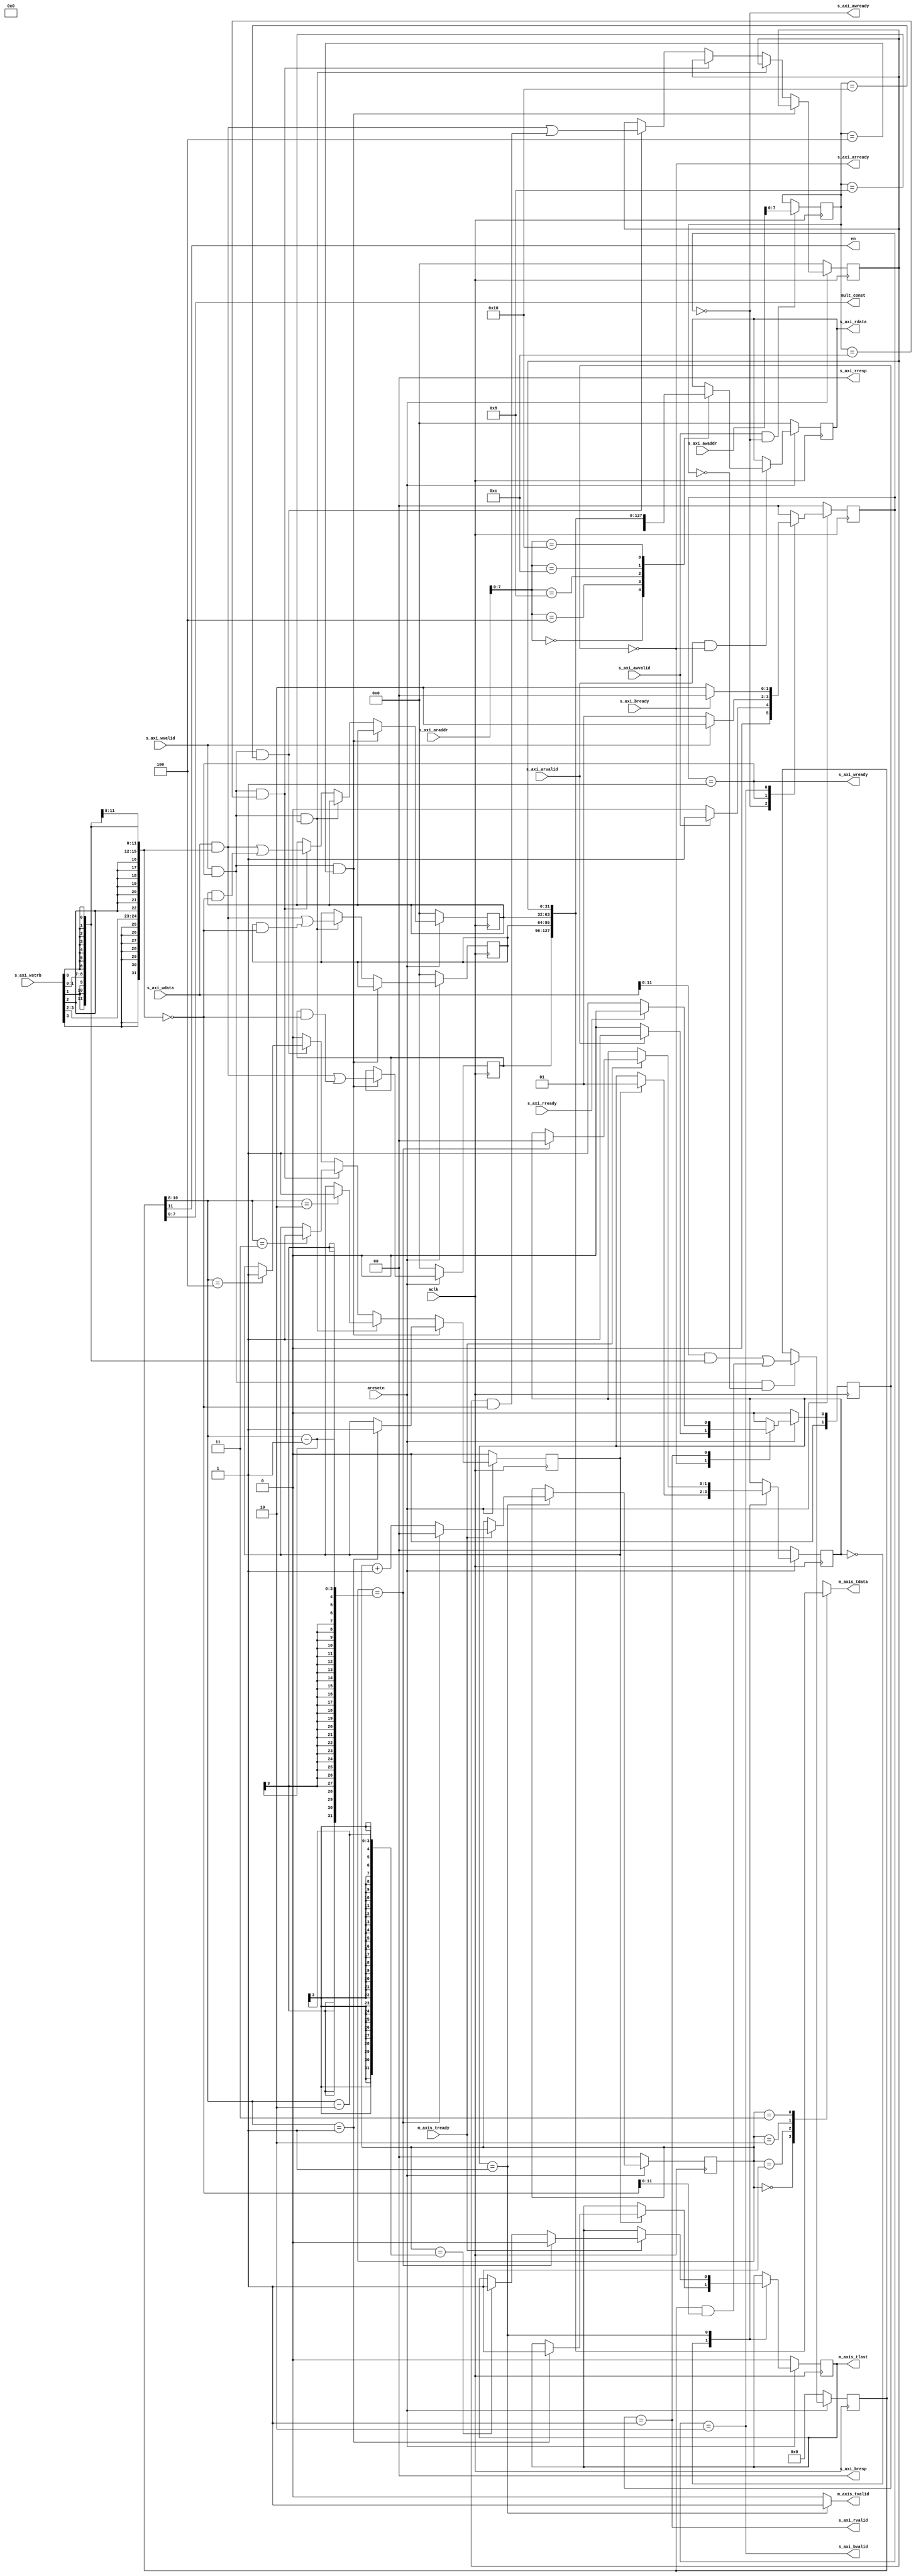

`timescale 1ns / 1ps

module axi_mm2s_interface
	(
        // ### Clock and reset signals #########################################
        input  wire        aclk,
        input  wire        aresetn,
        // ### AXI4-lite slave signals #########################################
        // *** Write address signals ***
        output wire        s_axi_awready,
        input  wire [31:0] s_axi_awaddr,
        input  wire        s_axi_awvalid,
        // *** Write data signals ***
        output wire        s_axi_wready,
        input  wire [31:0] s_axi_wdata,
        input  wire [3:0]  s_axi_wstrb,
        input  wire        s_axi_wvalid,
        // *** Write response signals ***
        input  wire        s_axi_bready,
        output wire [1:0]  s_axi_bresp,
        output wire        s_axi_bvalid,
        // *** Read address signals ***
        output wire        s_axi_arready,
        input  wire [31:0] s_axi_araddr,
        input  wire        s_axi_arvalid,
        // *** Read data signals ***    
        input  wire        s_axi_rready,
        output wire [31:0] s_axi_rdata,
        output wire [1:0]  s_axi_rresp,
        output wire        s_axi_rvalid,
        // ### AXI4-stream master signals ######################################
        input  wire        m_axis_tready,
        output wire [31:0] m_axis_tdata,
        output wire        m_axis_tvalid,
        output wire        m_axis_tlast,
        // ### User signals ####################################################
        output wire        en,
        output wire [7:0]  mult_const
    );

    // ### Register map ########################################################
    // 0x00: multiplier constant, number of word per frame, enable (active high), and busy
    //       bit 7~0  = CONST[7:0] (R/W)
    //       bit 8~10 = WORD (R/W)
    //       bit 11   = EN (R/W)
    //       bit 12   = BUSY (R)
    // 0x04: data register 0
    //       bit 31~0 = DATA0[31:0] (R/W)
    // 0x08: data register 1
    //       bit 31~0 = DATA1[31:0] (R/W)
    // 0x0c: data register 2
    //       bit 31~0 = DATA2[31:0] (R/W)
    // 0x10: data register 3
    //       bit 31~0 = DATA3[31:0] (R/W)   
	localparam C_ADDR_BITS = 8;
	// *** Address ***
	localparam C_ADDR_CTRL = 8'h00,
			   C_ADDR_DATA0 = 8'h04,
			   C_ADDR_DATA1 = 8'h08,
			   C_ADDR_DATA2 = 8'h0c,
			   C_ADDR_DATA3 = 8'h10;
	// *** AXI write FSM ***
	localparam S_WRIDLE = 2'd0,
			   S_WRDATA = 2'd1,
			   S_WRRESP = 2'd2;
	// *** AXI read FSM ***
	localparam S_RDIDLE = 2'd0,
			   S_RDDATA = 2'd1;
    // *** AXIS FSM ***
    localparam S_IDLE = 2'h0,
               S_WRITE_STREAM = 2'h1;

	// *** AXI write ***
	reg [1:0] wstate_cs, wstate_ns;
	reg [C_ADDR_BITS-1:0] waddr;
	wire [31:0] wmask;
	wire aw_hs, w_hs;
	// *** AXI read ***
	reg [1:0] rstate_cs, rstate_ns;
	wire [C_ADDR_BITS-1:0] raddr;
	reg [31:0] rdata;
	wire ar_hs;
	// *** Control registers ***
    reg [11:0] ctrl_reg;
    wire busy_reg;
    reg [31:0] data_reg [0:3];
    reg start_reg;           
	// *** AXIS ***
    reg [1:0] mm2sstate_cs, mm2sstate_ns;
    reg [1:0] wr_ptr_cv, wr_ptr_nv;
    reg m_axis_tlast_cv, m_axis_tlast_nv;

	// ### AXI write ###########################################################
	assign s_axi_awready = (wstate_cs == S_WRIDLE);
	assign s_axi_wready = (wstate_cs == S_WRDATA);
	assign s_axi_bresp = 2'b00;    // OKAY
	assign s_axi_bvalid = (wstate_cs == S_WRRESP);
	assign wmask = {{8{s_axi_wstrb[3]}}, {8{s_axi_wstrb[2]}}, {8{s_axi_wstrb[1]}}, {8{s_axi_wstrb[0]}}};
	assign aw_hs = s_axi_awvalid & s_axi_awready;
	assign w_hs = s_axi_wvalid & s_axi_wready;

	// *** Write state register ***
	always @(posedge aclk)
	begin
		if (!aresetn)
			wstate_cs <= S_WRIDLE;
		else
			wstate_cs <= wstate_ns;
	end
	
	// *** Write state next ***
	always @(*)
	begin
		case (wstate_cs)
			S_WRIDLE:
				if (s_axi_awvalid)
					wstate_ns = S_WRDATA;
				else
					wstate_ns = S_WRIDLE;
			S_WRDATA:
				if (s_axi_wvalid)
					wstate_ns = S_WRRESP;
				else
					wstate_ns = S_WRDATA;
			S_WRRESP:
				if (s_axi_bready)
					wstate_ns = S_WRIDLE;
				else
					wstate_ns = S_WRRESP;
			default:
				wstate_ns = S_WRIDLE;
		endcase
	end
	
	// *** Write address register ***
	always @(posedge aclk)
	begin
		if (aw_hs)
			waddr <= s_axi_awaddr[C_ADDR_BITS-1:0];
	end   

	// ### AXI read ############################################################
	assign s_axi_arready = (rstate_cs == S_RDIDLE);
	assign s_axi_rdata = rdata;
	assign s_axi_rresp = 2'b00;    // OKAY
	assign s_axi_rvalid = (rstate_cs == S_RDDATA);
	assign ar_hs = s_axi_arvalid & s_axi_arready;
	assign raddr = s_axi_araddr[C_ADDR_BITS-1:0];
	
	// *** Read state register ***
	always @(posedge aclk)
	begin
		if (!aresetn)
			rstate_cs <= S_RDIDLE;
		else
			rstate_cs <= rstate_ns;
	end

	// *** Read state next ***
	always @(*) 
	begin
		case (rstate_cs)
			S_RDIDLE:
				if (s_axi_arvalid)
					rstate_ns = S_RDDATA;
				else
					rstate_ns = S_RDIDLE;
			S_RDDATA:
				if (s_axi_rready)
					rstate_ns = S_RDIDLE;
				else
					rstate_ns = S_RDDATA;
			default:
				rstate_ns = S_RDIDLE;
		endcase
	end
	
	// *** Read data register ***
	always @(posedge aclk)
	begin
	    if (!aresetn)
	        rdata <= 0;
		else if (ar_hs)
			case (raddr)
				C_ADDR_CTRL: 
					rdata <= {busy_reg, ctrl_reg[11:0]};
                C_ADDR_DATA0:
                    rdata <= data_reg[0];
                C_ADDR_DATA1:
                    rdata <= data_reg[1];
                C_ADDR_DATA2:
                    rdata <= data_reg[2];
                C_ADDR_DATA3:
                    rdata <= data_reg[3];   		
			endcase
	end
    
    // ### Control registers ###################################################
   	assign en = ctrl_reg[11]; 
    assign mult_const = ctrl_reg[7:0];
   	
	always @(posedge aclk)
	begin
	    if (!aresetn)
            ctrl_reg[11:0] <= 0;
		else if (w_hs && waddr == C_ADDR_CTRL)
			ctrl_reg[11:0] <= (s_axi_wdata[11:0] & wmask) | (ctrl_reg[11:0] & ~wmask);
	end
	
	always @(posedge aclk)
	begin
	    if (!aresetn)
	    begin
	        start_reg <= 0;
            data_reg[0] <= 0;
            data_reg[1] <= 0;
            data_reg[2] <= 0;
            data_reg[3] <= 0;
        end
		else if (w_hs && waddr == C_ADDR_DATA0)
		begin
		    if (ctrl_reg[10:8] == 1)
                start_reg <= 1;
			data_reg[0][31:0] <= (s_axi_wdata[31:0] & wmask) | (data_reg[0][31:0] & ~wmask);
	    end
		else if (w_hs && waddr == C_ADDR_DATA1)
        begin
            if (ctrl_reg[10:8] == 2)
                start_reg <= 1;
            data_reg[1][31:0] <= (s_axi_wdata[31:0] & wmask) | (data_reg[1][31:0] & ~wmask);
        end
		else if (w_hs && waddr == C_ADDR_DATA2)
        begin
            if (ctrl_reg[10:8] == 3)
                start_reg <= 1;
            data_reg[2][31:0] <= (s_axi_wdata[31:0] & wmask) | (data_reg[2][31:0] & ~wmask);
        end
		else if (w_hs && waddr == C_ADDR_DATA3)
        begin
            if (ctrl_reg[10:8] == 4)
                start_reg <= 1;
            data_reg[3][31:0] <= (s_axi_wdata[31:0] & wmask) | (data_reg[3][31:0] & ~wmask);
        end
	    else
        begin
            start_reg <= 0;
        end
	end

    // ### AXIS ################################################################
    assign busy_reg = (mm2sstate_cs == S_WRITE_STREAM) ? 1 : 0;
    assign m_axis_tdata = data_reg[wr_ptr_cv];
    assign m_axis_tvalid = (mm2sstate_cs == S_WRITE_STREAM) ? 1 : 0;
    assign m_axis_tlast = m_axis_tlast_cv;

    // *** AXIS state register ***
    always @(posedge aclk)
    begin
        if (!aresetn)
        begin
            mm2sstate_cs <= S_IDLE;
            wr_ptr_cv <= 0;
            m_axis_tlast_cv <= 0;
        end
        else
        begin
            mm2sstate_cs <= mm2sstate_ns;
            wr_ptr_cv <= wr_ptr_nv;
            m_axis_tlast_cv <= m_axis_tlast_nv;
        end 
    end

    // *** AXIS state next ***
    always @(*)
    begin
        mm2sstate_ns = mm2sstate_cs;
        wr_ptr_nv = wr_ptr_cv;
        m_axis_tlast_nv = m_axis_tlast_cv;
        case (mm2sstate_cs)
            S_IDLE:
            begin
                if (start_reg)
                begin
                    mm2sstate_ns = S_WRITE_STREAM;
                    if (ctrl_reg[10:8] == 1)
                        m_axis_tlast_nv = 1;    
                end
            end
            S_WRITE_STREAM:
            begin
                if (m_axis_tready)
                begin
                    if (wr_ptr_cv == ctrl_reg[10:8]-1)
                    begin
                        mm2sstate_ns = S_IDLE;
                        wr_ptr_nv = 0;
                        m_axis_tlast_nv = 0;
                    end
                    else
                    begin
                        if (wr_ptr_cv == ctrl_reg[10:8]-2)
                        begin
                            m_axis_tlast_nv = 1;
                        end
                        wr_ptr_nv = wr_ptr_cv + 1;
                    end
                end
            end
        endcase
    end
                         
endmodule